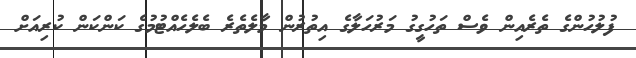
ފުލުހުންގެ ތެރެއިން ވެސް ތަހުގީގު މަރުހަލާގެ އިތުރުން މާލެތެރެ ބެލެހެއްޓުމުގެ ކަންކަން ކުރިއަށް